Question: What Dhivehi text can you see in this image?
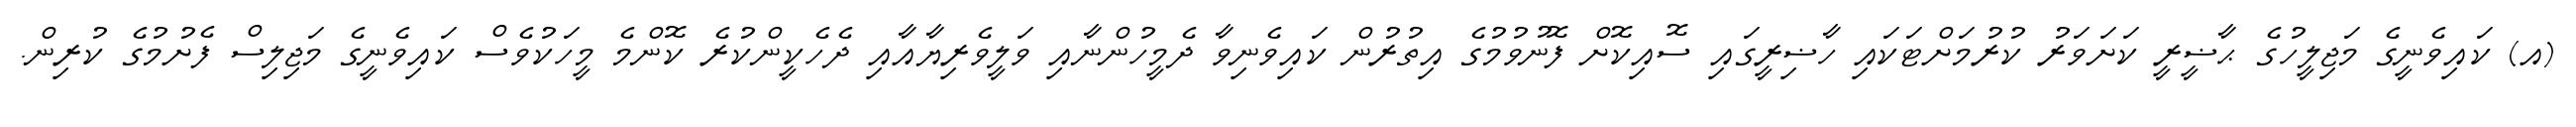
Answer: (އ) ކައިވެނީގެ މަޖިލީހުގެ ޙާޟީރީ ކަށަވަރު ކުރުމަށްޓަކައި ހާޟިރީގައި ސޮއިކޮށް ފޮނުވުމުގެ އިތުރުން ކައިވެނިވާ ދެމީހުންނާއި ވަލީވެރިޔާއާއި ދެހެކީންކުރެ ކޮންމެ މީހަކުވެސް ކައިވެނީގެ މަޖިލިސް ފެށުމުގެ ކުރިން.